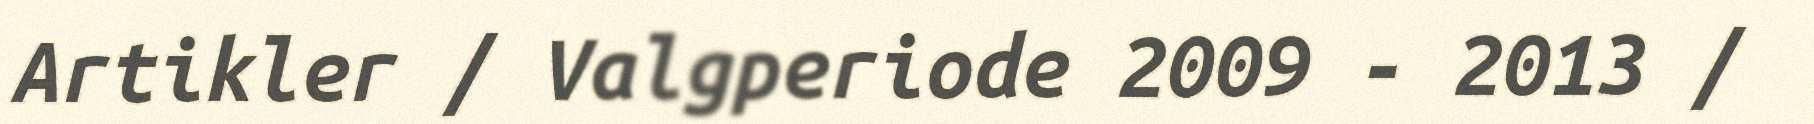
Artikler / Valgperiode 2009 - 2013 /